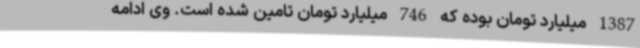
1387 میلیارد تومان بوده که 746 میلیارد تومان تامین شده است. وی ادامه